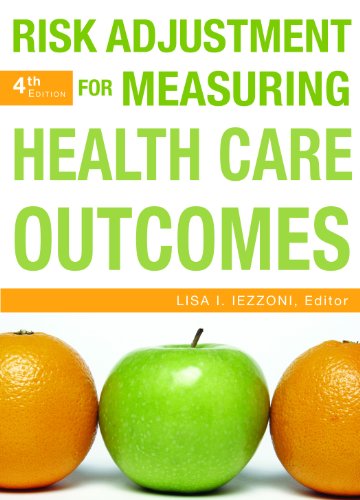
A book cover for Risk Adjustment for Measuring Healthcare Outcomes, Fourth Edition; Lisa Iezzoni; Medical Books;